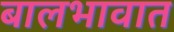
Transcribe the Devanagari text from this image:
बालभावात